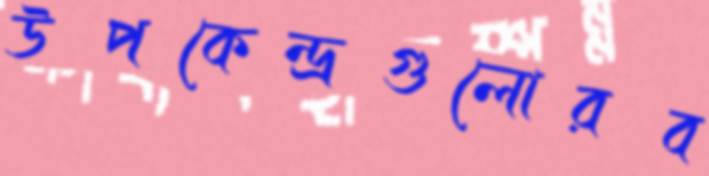
উপকেন্দ্রগুলোরব